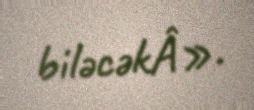
biləcəkÂ».